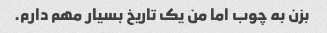
بزن به چوب اما من یک تاریخ بسیار مهم دارم.